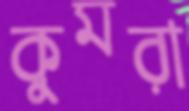
কুমরা